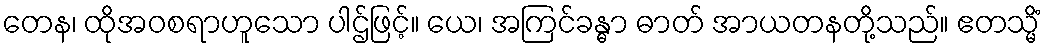
တေန၊ ထိုအဝစရာဟူသော ပါဌ်ဖြင့်။ ယေ၊ အကြင်ခန္ဓာ ဓာတ် အာယတနတို့သည်။ ဧတသ္မိံ